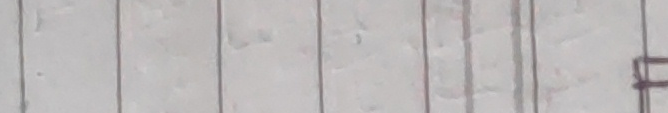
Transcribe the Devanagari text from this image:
३